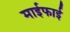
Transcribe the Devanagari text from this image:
माईफाई